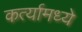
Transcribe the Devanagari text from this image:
कर्त्यामध्ये